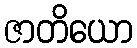
ဇာတိယော